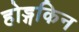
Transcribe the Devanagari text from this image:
होड्गकिन